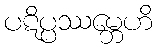
ပဋိပ္ပဿမ္ဘေဟိ